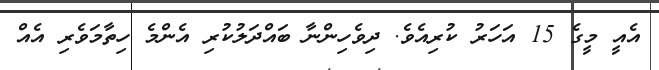
އެއީ މީގެ 15 އަހަރު ކުރިއެވެ. ދިވެހިންނާ ބައްދަލުކުރި އެންމެ ހިތާމަވެރި އެއް